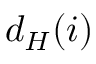
d _ { H } ( i )